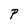
Character: P